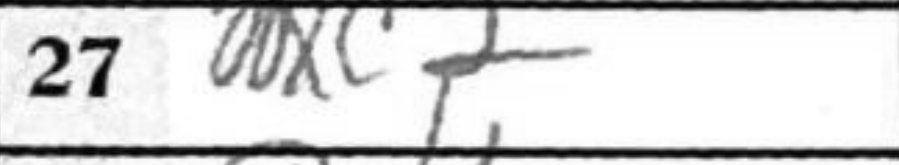
Transcription: c2